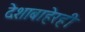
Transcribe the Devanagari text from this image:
देशाबाहेरही